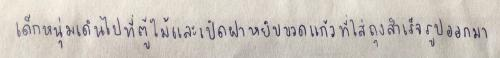
เด็กหนุ่มเดินไปที่ตู้ไม้และเปิดฝาหยิบขวดแก้วที่ใส่ถุงสำเร็จรูปออกมา